Vaccination in Bombay 1874-1876 - 1874-1876
Year: 1874
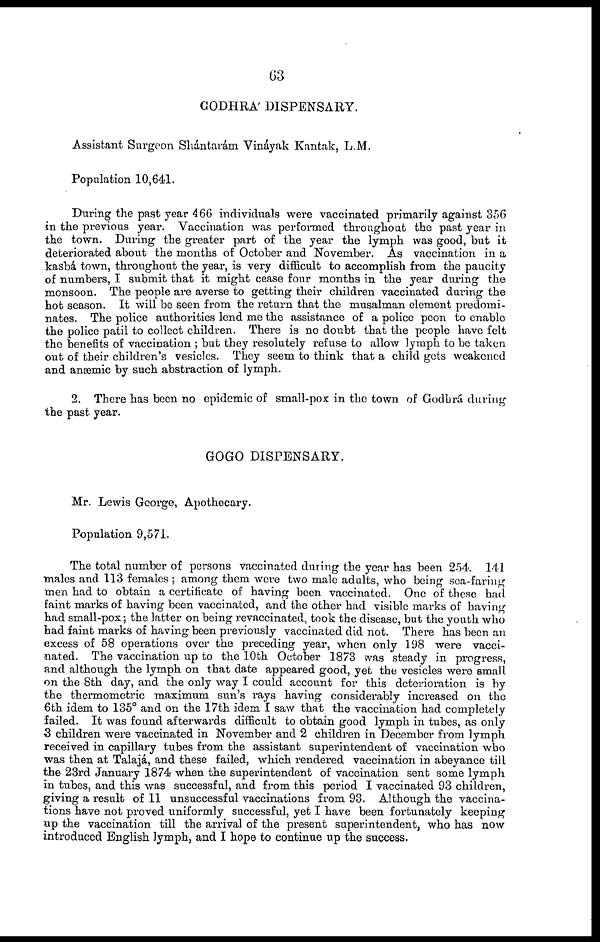
63
GODHRA' DISPENSARY.
Assistant Surgeon Shántarám Vináyak Kantak, L.M.
Population 10,641.
During the past year 466 individuals were vaccinated primarily against 356
in the previous year. Vaccination was performed throughout the past year in
the town. During the greater part of the year the lymph was good, but it
deteriorated about the months of October and November. As vaccination in a
kasbá town, throughout the year, is very difficult to accomplish from the paucity
of numbers, I submit that it might cease four months in the year during the
monsoon. The people are averse to getting their children vaccinated during the
hot season. It will be seen from the return that the musalman element predomi-
nates. The police authorities lend me the assistance of a police peon to enable
the police patil to collect children. There is no doubt that the people have felt
the benefits of vaccination ; but they resolutely refuse to allow lymph to be taken
out of their children's vesicles. They seem to think that a child gets weakened
and anæmic by such abstraction of lymph.
2. There has been no epidemic of small-pox in the town of Godhrá during
the past year.
GOGO DISPENSARY.
Mr. Lewis George, Apothecary.
Population 9,571.
The total number of persons vaccinated during the year has been 254. 141
males and 113 females ; among them were two male adults, who being sea-faring
men had to obtain a certificate of having been vaccinated. One of these had
faint marks of having been vaccinated, and the other had visible marks of having
had small-pox; the latter on being revaccinated, took the disease, but the youth who
had faint marks of having been previously vaccinated did not. There has been an
excess of 58 operations over the preceding year, when only 198 were vacci-
nated. The vaccination up to the 10th October 1873 was steady in progress,
and although the lymph on that date appeared good, yet the vesicles were small
on the 8th day, and the only way I could account for this deterioration is by
the thermometric maximum sun's rays having considerably increased on the
6th idem to 135° and on the 17th idem I saw that the vaccination had completely
failed. It was found afterwards difficult to obtain good lymph in tubes, as only
3 children were vaccinated in November and 2 children in December from lymph
received in capillary tubes from the assistant superintendent of vaccination who
was then at Talajá, and these failed, which rendered vaccination in abeyance till
the 23rd January 1874 when the superintendent of vaccination sent some lymph
in tubes, and this was successful, and from this period I vaccinated 93 children,
giving a result of 11 unsuccessful vaccinations from 93. Although the vaccina-
tions have not proved uniformly successful, yet I have been fortunately keeping
up the vaccination till the arrival of the present superintendent, who has now
introduced English lymph, and I hope to continue up the success.